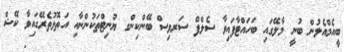
ބީއެމްއެލުން ބުނީ މާލޭގައި ބަހައްޓާފައިވާ ސެލްފް ސަރވިސް ބޭންކިންގ ޔުނިޓްތަކުންނާއި އަތޮޅުތެރޭގައިވާ ކޭޝް